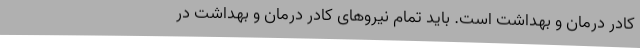
کادر درمان و بهداشت است. باید تمام نیروهای کادر درمان و بهداشت در